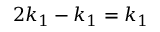
2 k _ { 1 } - k _ { 1 } = k _ { 1 }